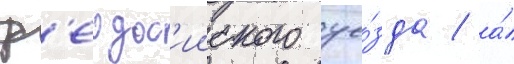
ф'еодос'ииского уе́зда / а́